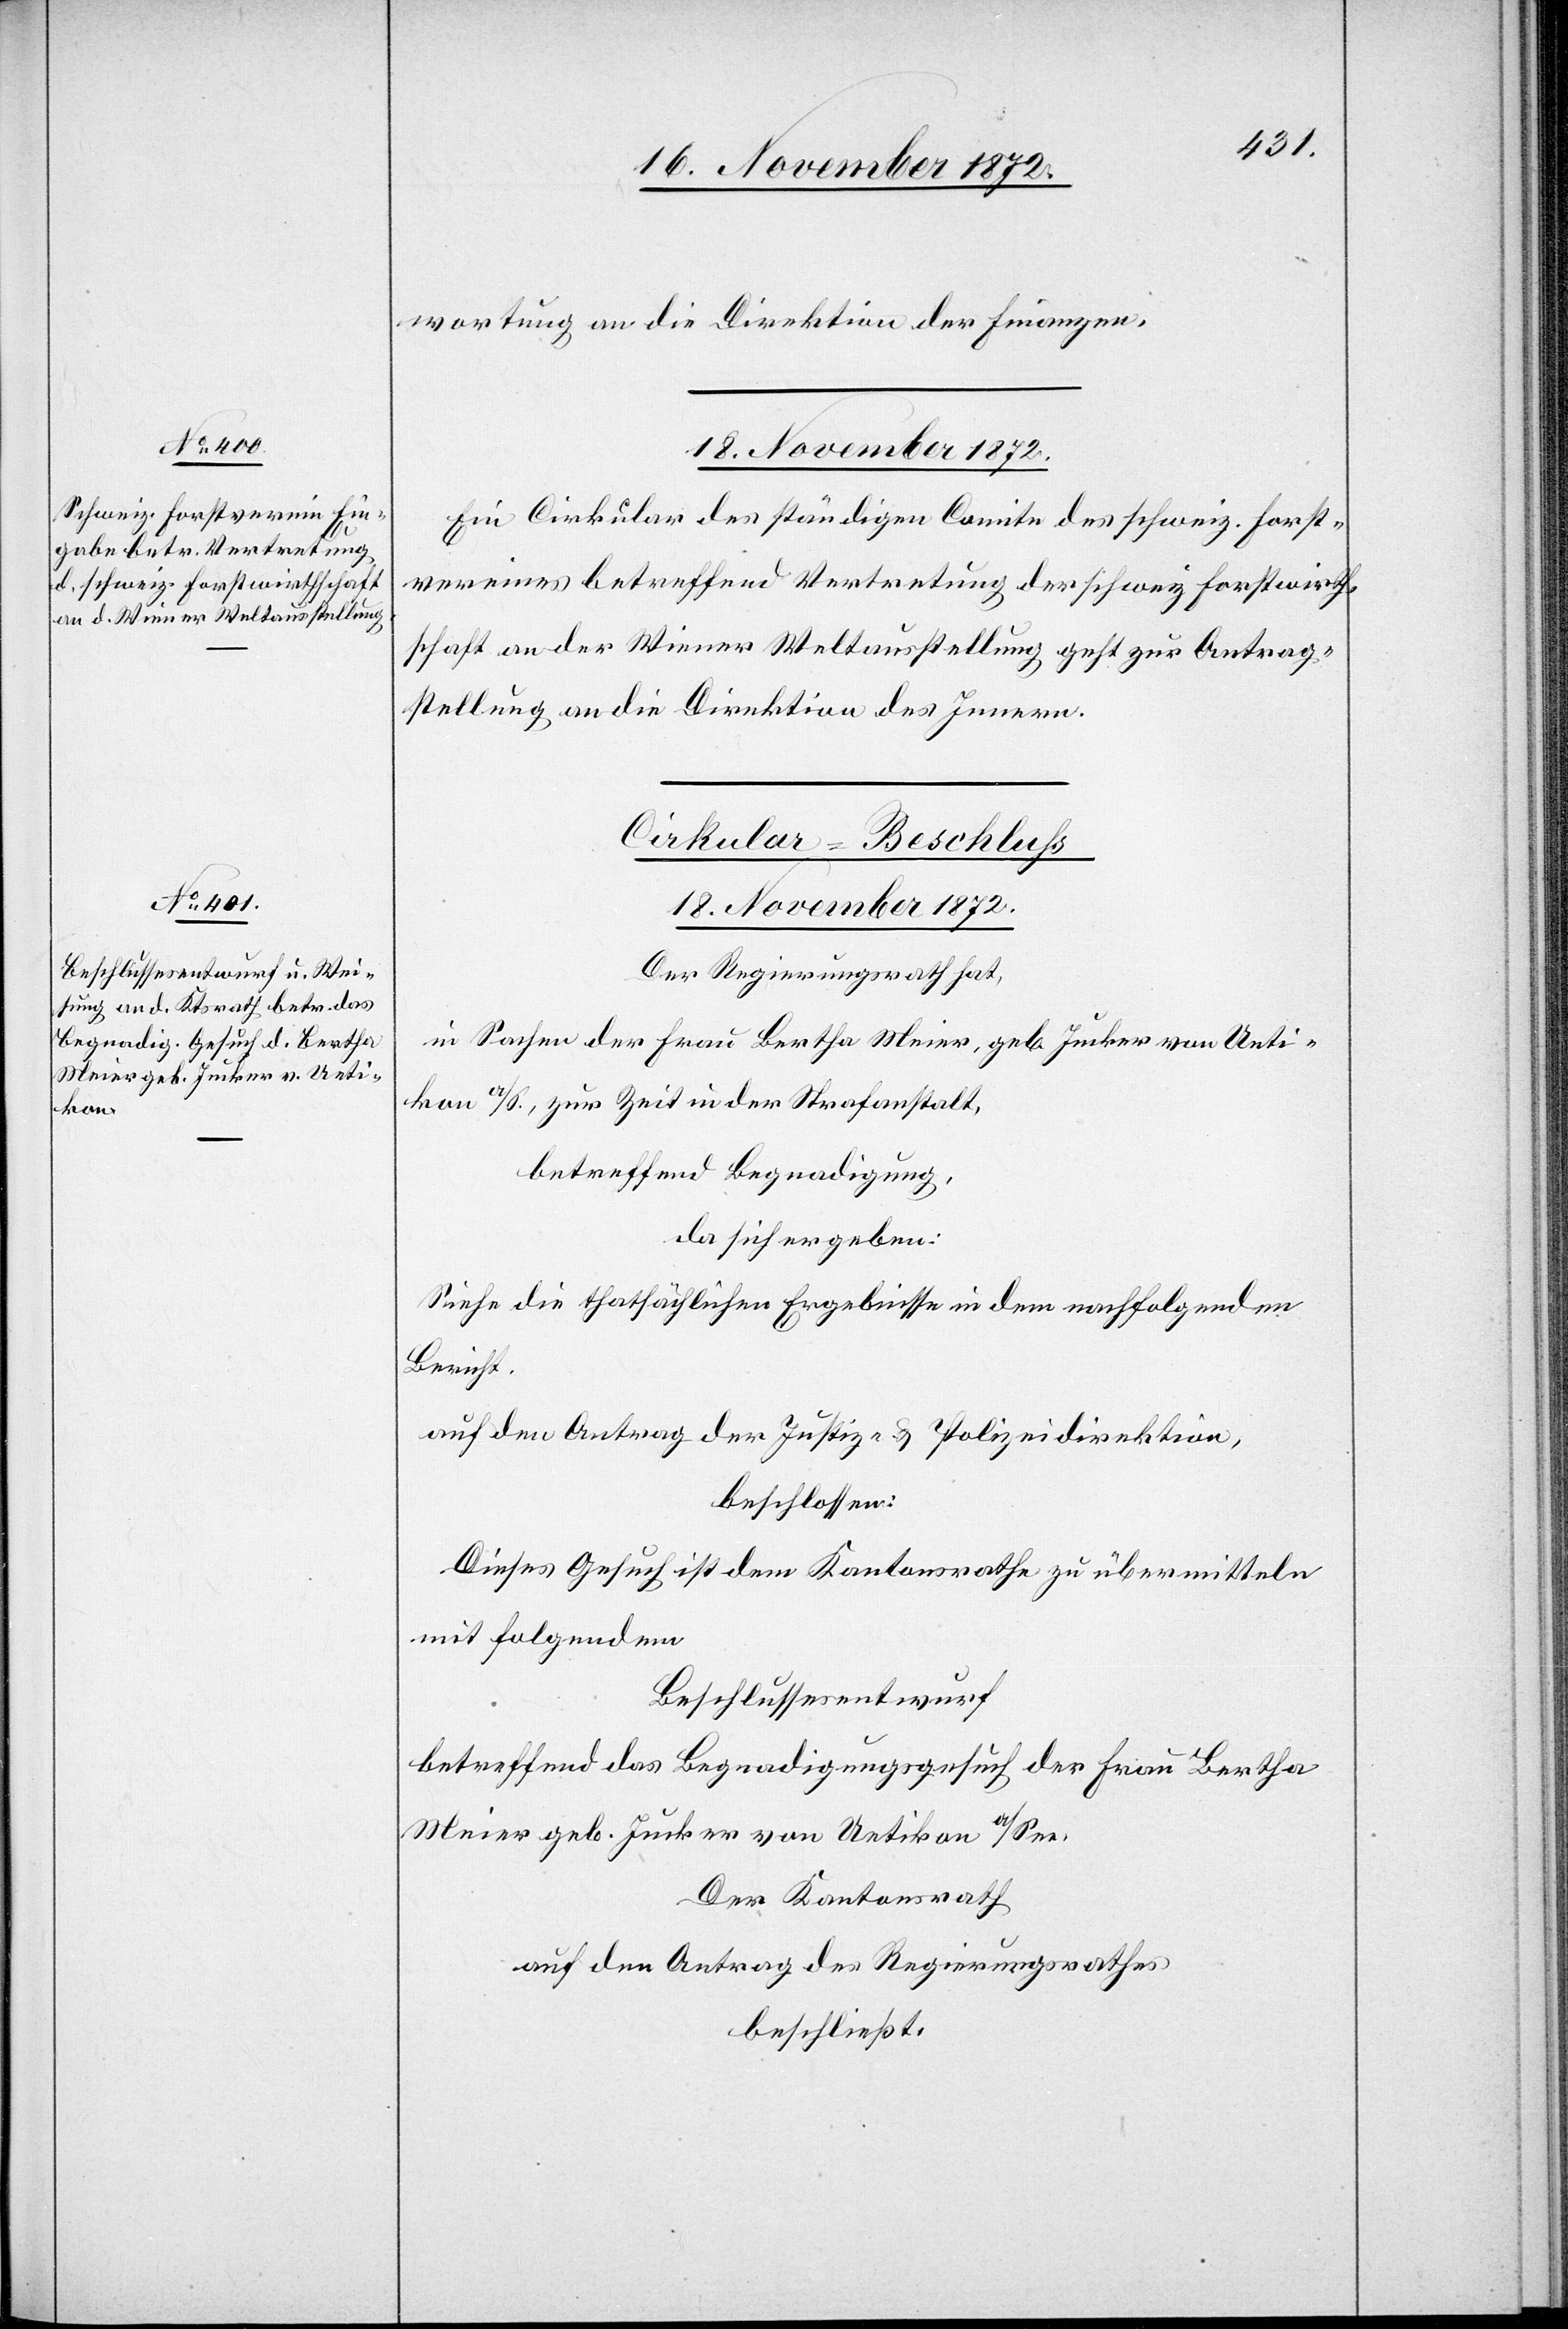
wortung an die Direktion der Finanzen.
18. November 1872.
Ein Cirkular des ständigen Comite des schweiz. Forst¬
vereines betreffend Vertretung der schweiz. Forstwirth¬
schaft an der Wiener Weltausstellung geht zur Antrag¬
stellung an die Direktion des Innern.
Cirkular-Beschluss
18. November 1872.
Der Regierungsrath hat,
in Sachen der Frau Bertha Meier, geb. Jucker von Ueti¬
kon a/S., zur Zeit in der Strafanstalt,
betreffend Begnadigung,
da sich ergeben:
Siehe die thatsächlichen Ergebnisse in dem nachfolgenden
Bericht.
auf den Antrag der Justiz- u. Polizeidirektion,
beschlossen:
Dieses Gesuch ist dem Kantonsrathe zu übermitteln
mit folgendem
Beschlussesentwurf
betreffend das Begnadigungsgesuch der Frau Bertha
Meier geb. Jucker von Uetikon a/See.
Der Kantonsrath
auf den Antrag des Regierungsrathes
beschließt: